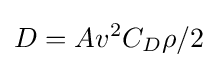
D=Av^{2}C_{D}\rho /2